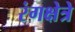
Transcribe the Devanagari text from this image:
रंगक्षेत्रे